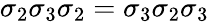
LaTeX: \sigma_{2}\sigma_{3}\sigma_{2}=\sigma_{3}\sigma_{2}\sigma_{3}